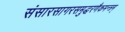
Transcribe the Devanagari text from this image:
संसारसागरसमुद्धरणैकमन्त्रम्